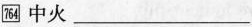
\boxed{764} 中火 ___